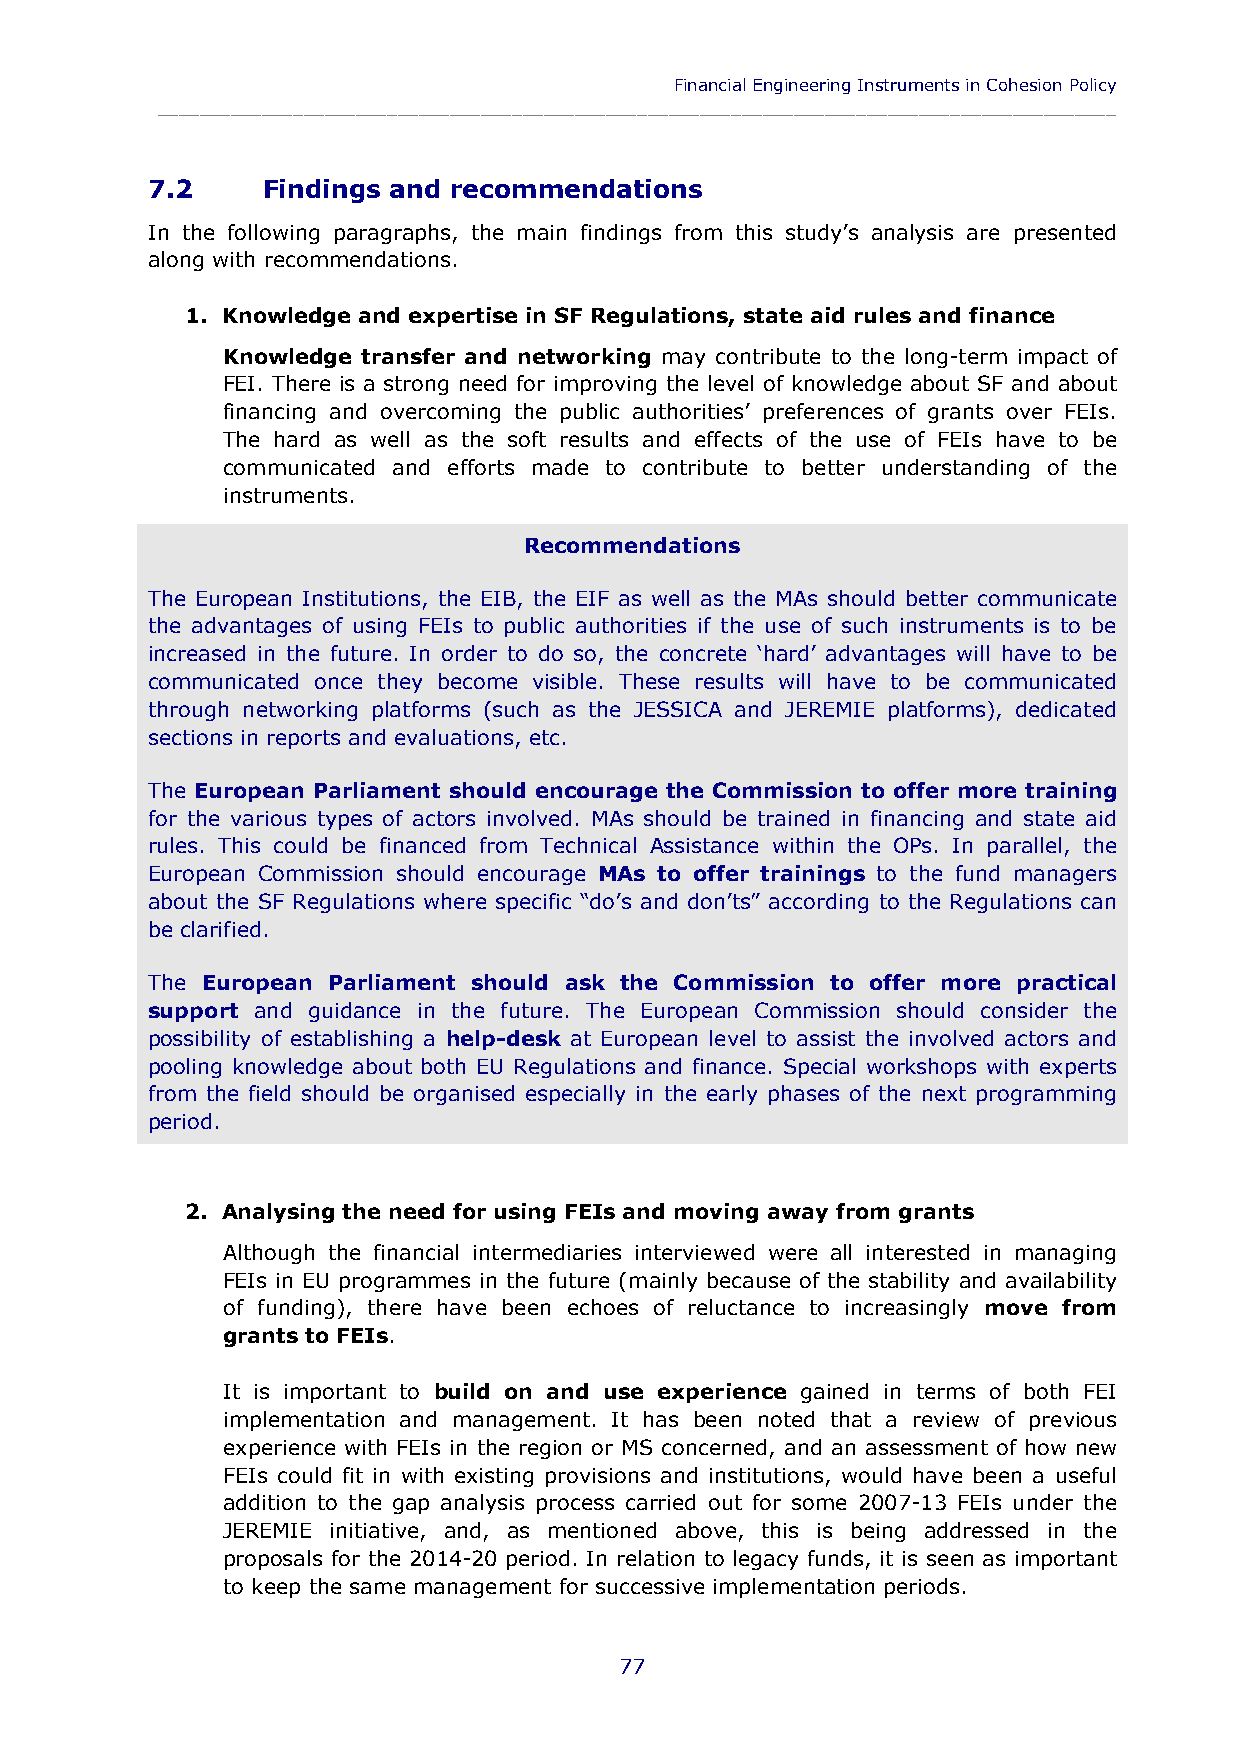
Financial Engineering Instruments in Cohesion Policy
 ____________________________________________________________________________________________
 7.2    Findings and recommendations
 In the following paragraphs, the main findings from this study’s analysis are presented
 along with recommendations.
 1. Knowledge and expertise in SF Regulations, state aid rules and finance
 Knowledge transfer and networking may contribute to the long-term impact of
 FEI. There is a strong need for improving the level of knowledge about SF and about
 financing and overcoming the public authorities’ preferences of grants over FEIs.
 The hard as well as the soft results and effects of the use of FEIs have to be
 communicated and efforts made to contribute to better understanding of the
 instruments.
 Recommendations
 The European Institutions, the EIB, the EIF as well as the MAs should better communicate
 the advantages of using FEIs to public authorities if the use of such instruments is to be
 increased in the future. In order to do so, the concrete ‘hard’ advantages will have to be
 communicated once they become visible. These results will have to be communicated
 through networking platforms (such as the JESSICA and JEREMIE platforms), dedicated
 sections in reports and evaluations, etc.
 The European Parliament should encourage the Commission to offer more training
 for the various types of actors involved. MAs should be trained in financing and state aid
 rules. This could be financed from Technical Assistance within the OPs. In parallel, the
 European Commission should encourage MAs to offer trainings to the fund managers
 about the SF Regulations where specific “do’s and don’ts” according to the Regulations can
 be clarified.
 The European Parliament should ask the Commission to offer more practical
 support and guidance in the future. The European Commission should consider the
 possibility of establishing a help-desk at European level to assist the involved actors and
 pooling knowledge about both EU Regulations and finance. Special workshops with experts
 from the field should be organised especially in the early phases of the next programming
 period.
 2. Analysing the need for using FEIs and moving away from grants
 Although the financial intermediaries interviewed were all interested in managing
 FEIs in EU programmes in the future (mainly because of the stability and availability
 of funding), there have been echoes of reluctance to increasingly move from
 grants to FEIs.
 It is important to build on and use experience gained in terms of both FEI
 implementation and management. It has been noted that a review of previous
 experience with FEIs in the region or MS concerned, and an assessment of how new
 FEIs could fit in with existing provisions and institutions, would have been a useful
 addition to the gap analysis process carried out for some 2007-13 FEIs under the
 JEREMIE initiative, and, as mentioned above, this is being addressed in the
 proposals for the 2014-20 period. In relation to legacy funds, it is seen as important
 to keep the same management for successive implementation periods.
 77